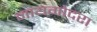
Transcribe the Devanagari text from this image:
नायगोदरा